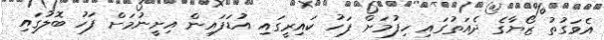
އެވަގުތު ޒޯޔާގެ ދެއަތުގައި ހިފުމަށް ފަހު ކައިރީގައި އުޑަފައިން އިށީނުމަށް ފަހު ބޮލުގައި